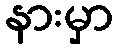
နားမှာ